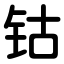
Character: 钴